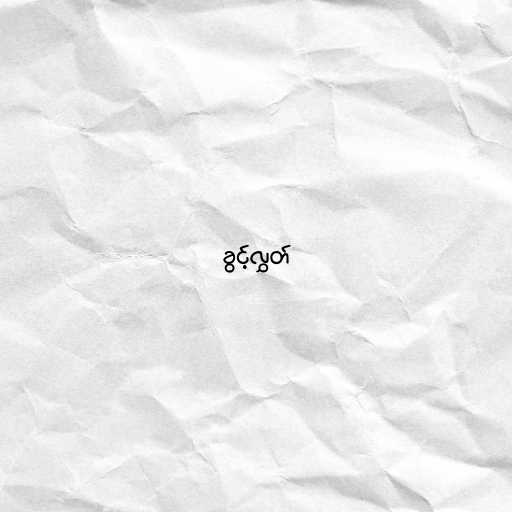
ခွင့်လွှတ်